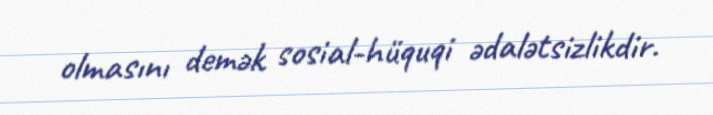
olmasını demək sosial-hüquqi ədalətsizlikdir.